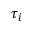
\tau _ { i }